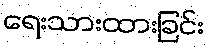
ရေးသားထားခြင်း